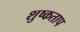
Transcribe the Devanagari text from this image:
शुष्कताप